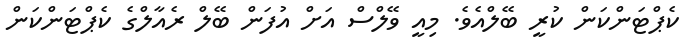
ކެޕްޓަންކަން ކުރީ ބޭލްއެވެ. މިއީ ވޭލްސް އަށް އުފަން ބޭލް ރެއާލްގެ ކެޕްޓަންކަން